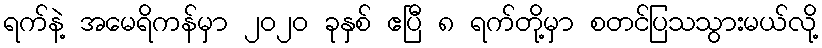
ရက်နဲ့ အမေရိကန်မှာ ၂၀၂၀ ခုနှစ် ဧပြီ ၈ ရက်တို့မှာ စတင်ပြသသွားမယ်လို့